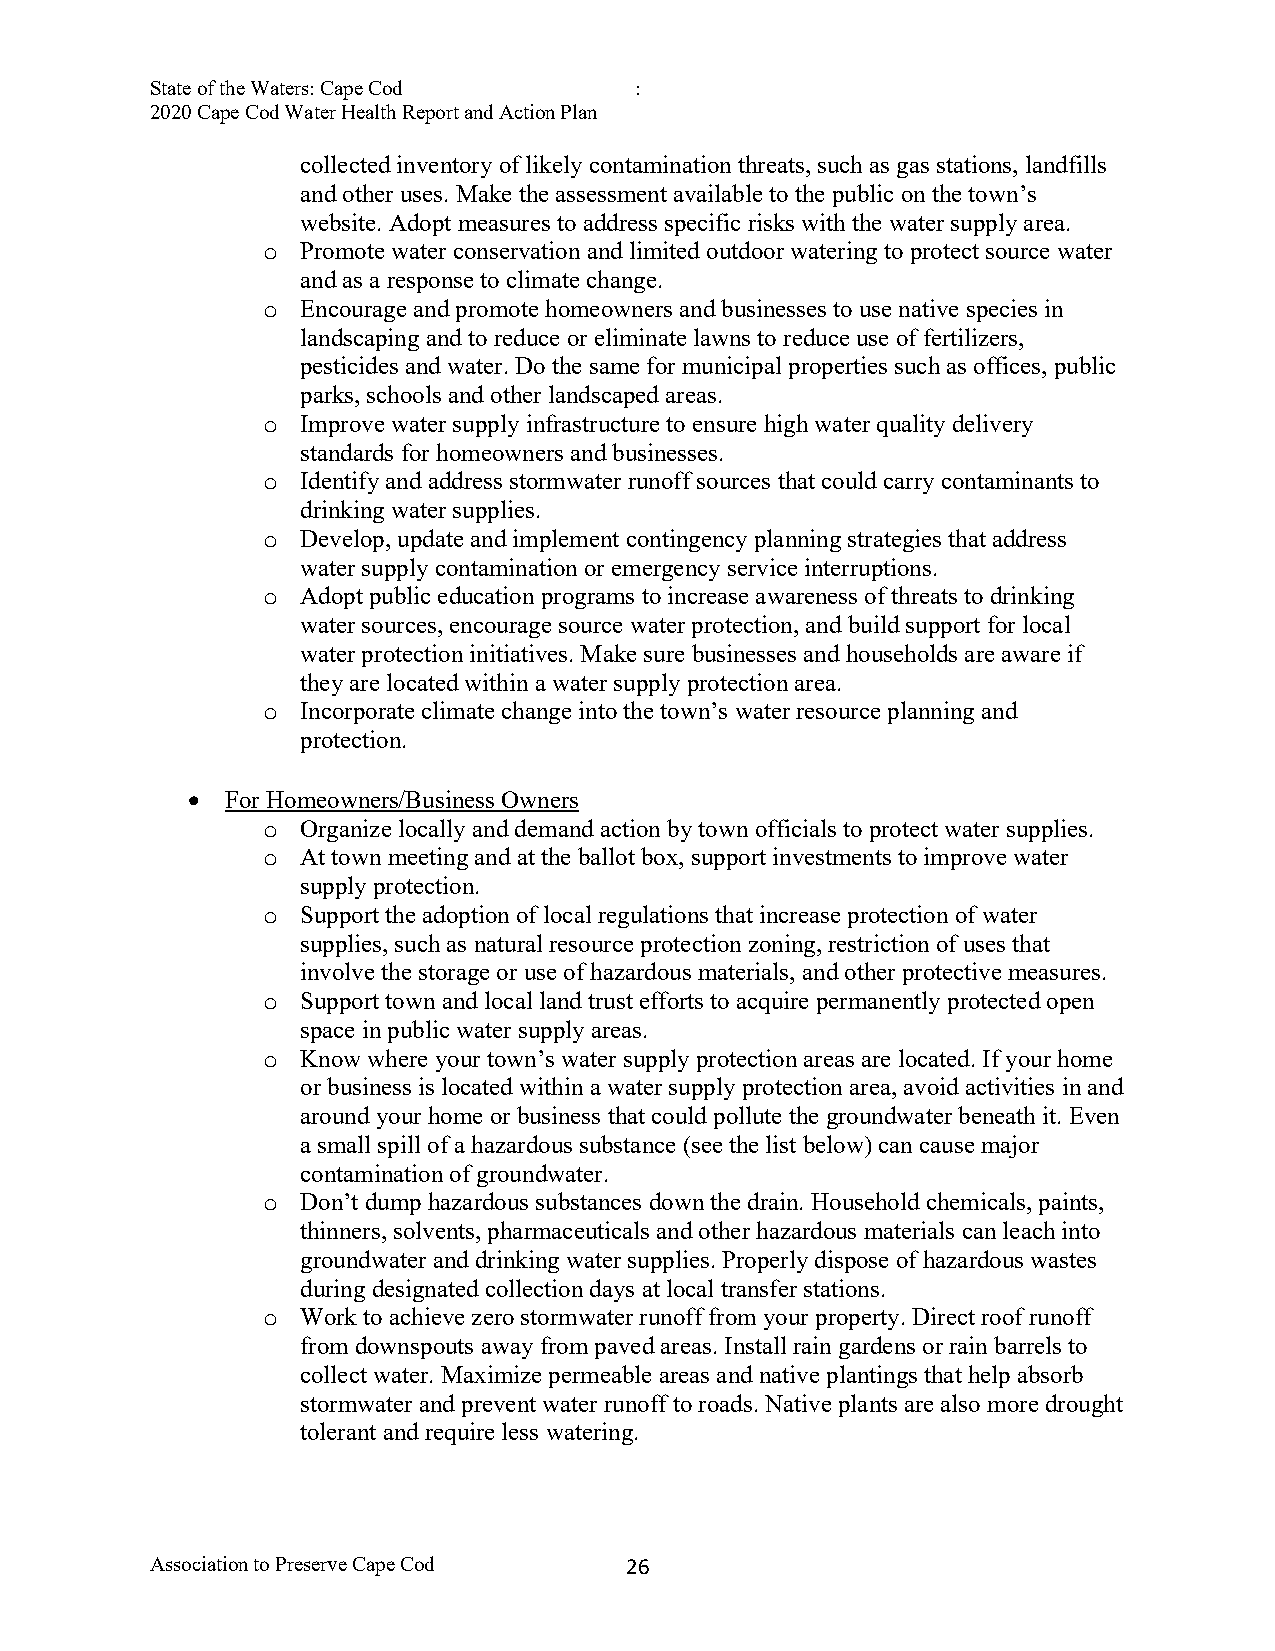
State of the Waters: Cape Cod   :
 2020 Cape Cod Water Health Report and Action Plan
 collected inventory of likely contamination threats, such as gas stations, landfills
 and other uses. Make the assessment available to the public on the town’s
 website. Adopt measures to address specific risks with the water supply area.
 o  Promote water conservation and limited outdoor watering to protect source water
 and as a response to climate change.
 o  Encourage and promote homeowners and businesses to use native species in
 landscaping and to reduce or eliminate lawns to reduce use of fertilizers,
 pesticides and water. Do the same for municipal properties such as offices, public
 parks, schools and other landscaped areas.
 o  Improve water supply infrastructure to ensure high water quality delivery
 standards for homeowners and businesses.
 o  Identify and address stormwater runoff sources that could carry contaminants to
 drinking water supplies.
 o  Develop, update and implement contingency planning strategies that address
 water supply contamination or emergency service interruptions.
 o  Adopt public education programs to increase awareness of threats to drinking
 water sources, encourage source water protection, and build support for local
 water protection initiatives. Make sure businesses and households are aware if
 they are located within a water supply protection area.
 o  Incorporate climate change into the town’s water resource planning and
 protection.
 •  For Homeowners/Business Owners
 o  Organize locally and demand action by town officials to protect water supplies.
 o  At town meeting and at the ballot box, support investments to improve water
 supply protection.
 o  Support the adoption of local regulations that increase protection of water
 supplies, such as natural resource protection zoning, restriction of uses that
 involve the storage or use of hazardous materials, and other protective measures.
 o  Support town and local land trust efforts to acquire permanently protected open
 space in public water supply areas.
 o  Know where your town’s water supply protection areas are located. If your home
 or business is located within a water supply protection area, avoid activities in and
 around your home or business that could pollute the groundwater beneath it. Even
 a small spill of a hazardous substance (see the list below) can cause major
 contamination of groundwater.
 o  Don’t dump hazardous substances down the drain. Household chemicals, paints,
 thinners, solvents, pharmaceuticals and other hazardous materials can leach into
 groundwater and drinking water supplies. Properly dispose of hazardous wastes
 during designated collection days at local transfer stations.
 o  Work to achieve zero stormwater runoff from your property. Direct roof runoff
 from downspouts away from paved areas. Install rain gardens or rain barrels to
 collect water. Maximize permeable areas and native plantings that help absorb
 stormwater and prevent water runoff to roads. Native plants are also more drought
 tolerant and require less watering.
 Association to Preserve Cape Cod 2 6